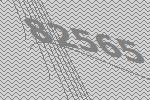
82565